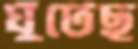
ঘুঁটেছ